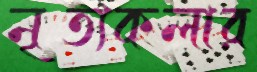
নৃত্যকলার